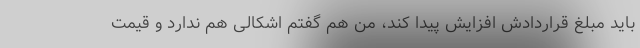
باید مبلغ قراردادش افزایش پیدا کند، من هم گفتم اشکالی هم ندارد و قیمت